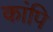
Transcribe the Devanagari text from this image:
कांपि